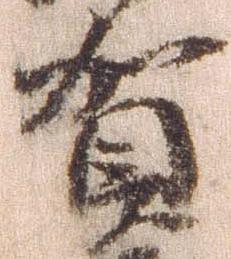
賀